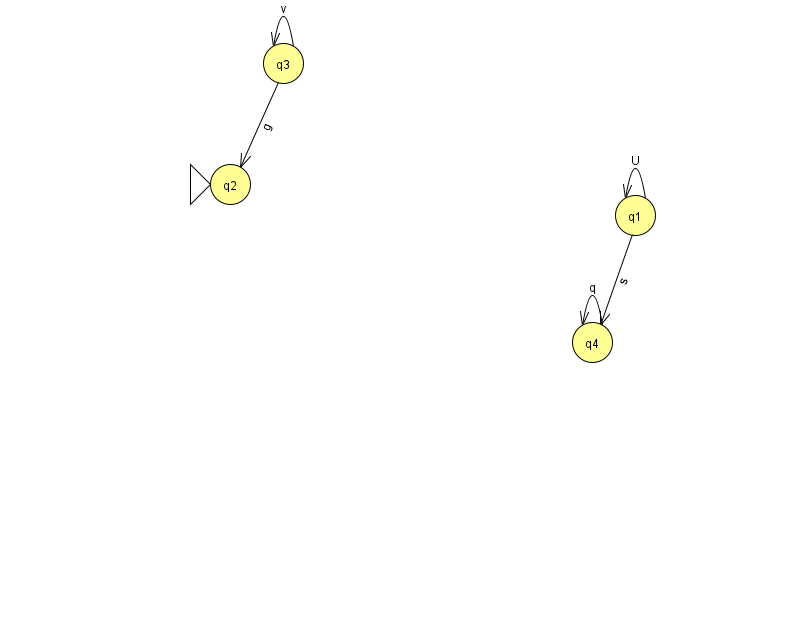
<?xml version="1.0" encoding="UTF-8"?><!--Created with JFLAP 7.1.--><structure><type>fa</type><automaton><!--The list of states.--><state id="1" name="q1"><x>635.0</x><y>202.0</y></state><state id="2" name="q2"><x>230.0</x><y>171.0</y><initial/></state><state id="3" name="q3"><x>283.0</x><y>50.0</y></state><state id="4" name="q4"><x>592.0</x><y>329.0</y></state><!--The list of transitions.--><transition><from>4</from><to>4</to><read>q</read></transition><transition><from>3</from><to>2</to><read>g</read></transition><transition><from>1</from><to>1</to><read>U</read></transition><transition><from>1</from><to>4</to><read>s</read></transition><transition><from>3</from><to>3</to><read>v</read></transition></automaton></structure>